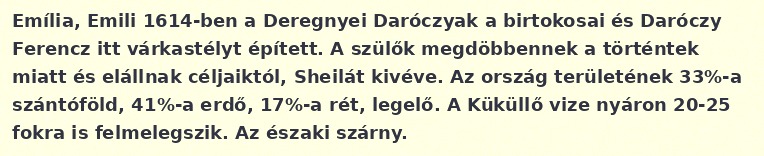
Emília, Emili 1614-ben a Deregnyei Daróczyak a birtokosai és Daróczy Ferencz itt várkastélyt épített. A szülők megdöbbennek a történtek miatt és elállnak céljaiktól, Sheilát kivéve. Az ország területének 33%-a szántóföld, 41%-a erdő, 17%-a rét, legelő. A Küküllő vize nyáron 20-25 fokra is felmelegszik. Az északi szárny.